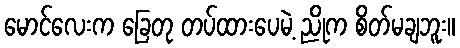
မောင်လေးက ခြေတု တပ်ထားပေမဲ့ ညိုက စိတ်မချဘူး။